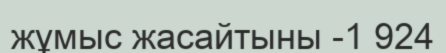
жұмыс жасайтыны -1 924